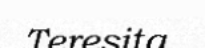
Teresita